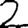
Digit: 2